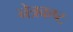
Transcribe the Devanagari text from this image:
नेत्रकष्ट